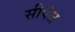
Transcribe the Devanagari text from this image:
सीपेज